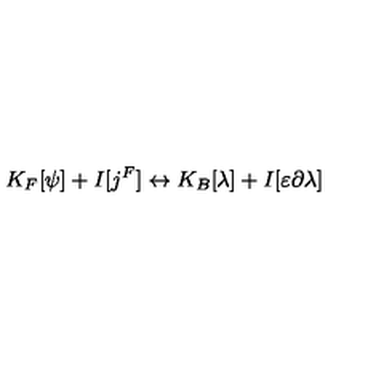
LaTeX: K _ { F } [ \psi ] + I [ j ^ { F } ] \leftrightarrow K _ { B } [ \lambda ] + I [ \varepsilon \partial \lambda ]